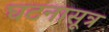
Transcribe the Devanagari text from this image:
घटनासूत्र